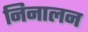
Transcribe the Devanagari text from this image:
निनालन